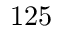
1 2 5